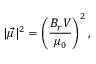
| \vec { \mu } | ^ { 2 } = \left( \frac { B _ { r } V } { \mu _ { 0 } } \right) ^ { 2 } ,